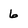
Character: 6